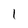
Character: l